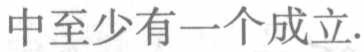
中至少有一个成立.